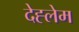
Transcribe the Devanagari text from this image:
देह्लेम